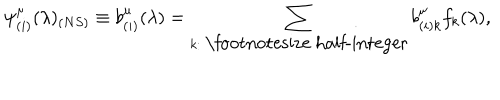
\psi _ { ( i ) } ^ { \mu } ( \lambda ) _ { ( N S ) } \equiv b _ { ( i ) } ^ { \mu } ( \lambda ) = \sum _ { k : \mathrm { \footnotesize ~ h a l f - i n t e g e r } } b _ { ( i ) k } ^ { \mu } f _ { k } ( \lambda ) ,